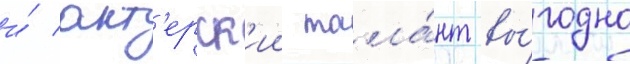
и́ акт'ерск'ии тала́нт вы́годно